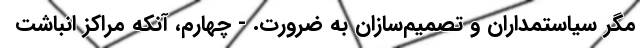
مگر سیاستمداران و تصمیم‌سازان به ضرورت. - چهارم، آنکه مراکز انباشت